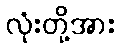
လုံးတို့အား